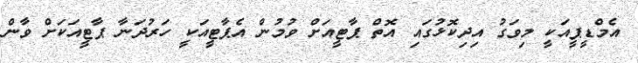
އެމްޑީޕީއަކީ މިވަގު އިދިކޮޅުގައި އޮތް ޕާޓީއަށް ވުމުން އެޕާޓީއަކީ ހަރުދަނާ ޕާޓީއަކަށް ވާން